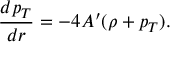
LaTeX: { \frac { d p _ { T } } { d r } } = - 4 A ^ { \prime } ( \rho + p _ { T } ) .